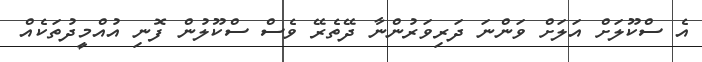
އެ ސްކޫލަށް އަލަށް ވަންނަ ދަރިވަރުންނާ ދޭތެރޭ ވެސް ސްކޫލުން ފޮނި އުއްމީދުތަކެއް